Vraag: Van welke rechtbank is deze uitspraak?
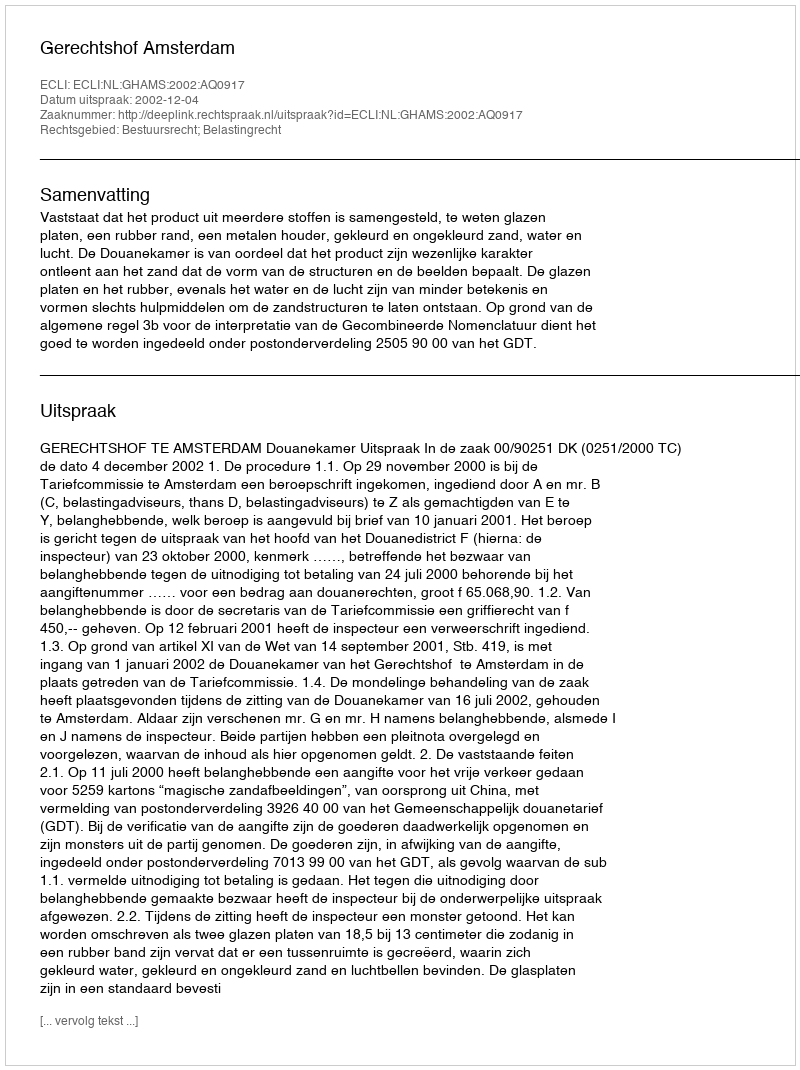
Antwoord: Gerechtshof Amsterdam